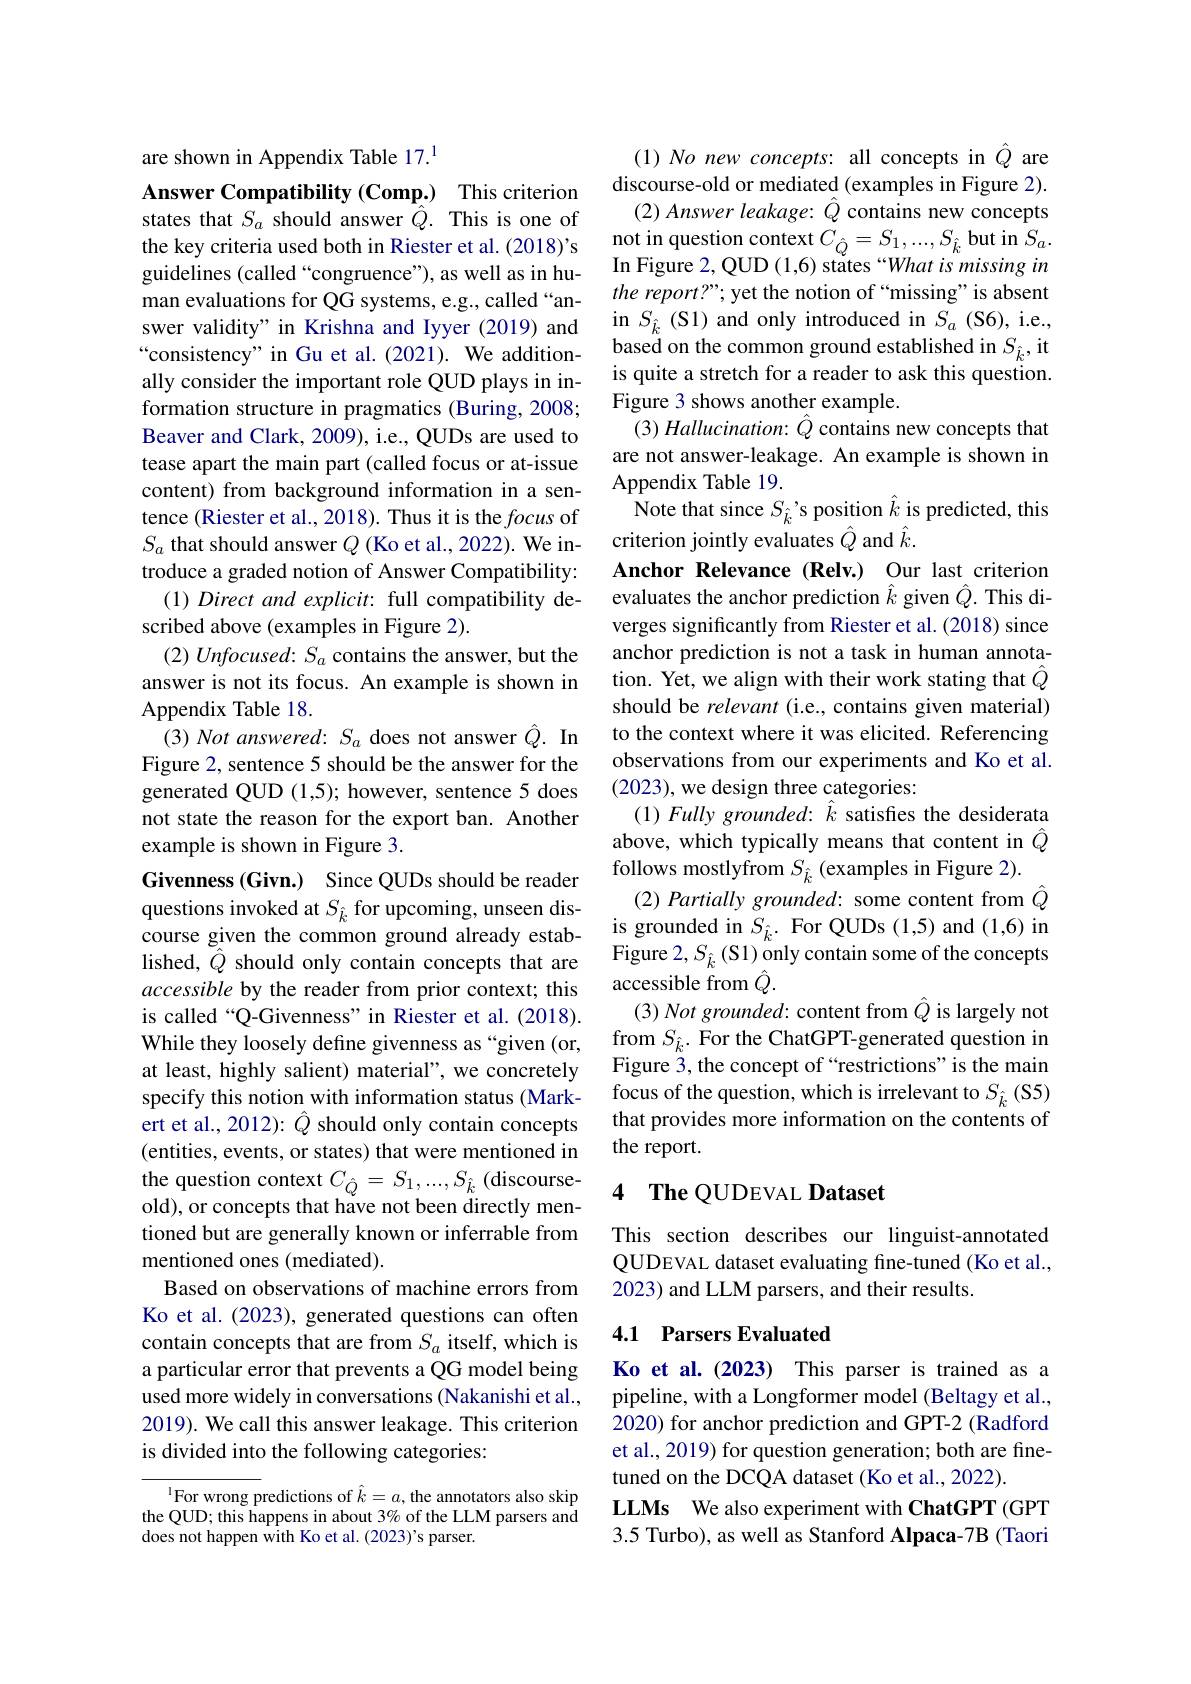
are shown in Appendix Table 17.$^{1}$
$\mathbf{Answer~Compatibility~(Comp.)~This~criterion}$ states that $S_a$ should answer $\hat{Q}.$ This is one of the key criteria used both in Riester et al. (2018)'s guidelines (called“congruence”), as well as in human evaluations for QG systems, e.g., called “answer validity" in Krishna and Iyyer (2019) and “consistency” in Gu et al.(2021). We additionally consider the important role QUD plays in information structure in pragmatics (Buring, 2008; Beaver and Clark, 2009), i.e., QUDs are used to tease apart the main part (called focus or at-issue content) from background information in a sentence (Riester et al., 2018). Thus it is the focus of $S_a$ that should answer $Q$ (Ko et al., 2022). We introduce a graded notion of Answer Compatibility: $( 1) \textit{Direct and explicit: full compatibility de- }$ scribed above (examples in Figure 2).
$(2)\textit{Unfocused: S}_a$ contains the answer, but the answer is not its focus. An example is shown in Appendix Table 18.
$(3)\textit{Not answered: S}_{a}$ does not answer $\hat{Q}.$ In Figure 2, sentence 5 should be the answer for the generated QUD (1,5); however, sentence 5 does not state the reason for the export ban. Another example is shown in Figure 3.
Givenness (Givn.) Since QUDs should be reader questions invoked at $S_{\hat{k}}$ for upcoming, unseen discourse given the common ground already established, $\tilde{Q}$ should only contain concepts that are accessible by the reader from prior context; this is called “Q-Givenness" in Riester et al. (2018). While they loosely define givenness as “given (or, at least, highly salient) material", we concretely (entities, events, or states) that were mentioned in the question context $C_{\hat{Q}}=S_{1},...,S_{\hat{k}}$ (discourseold), or concepts that have not been directly mentioned but are generally known or inferrable from mentioned ones (mediated).
Based on observations of machine errors from Ko et al.(2023), generated questions can often contain concepts that are from $S_a$ itself, which is a particular error that prevents a QG model being used more widely in conversations (Nakanishi et al., 2019). We call this answer leakage. This criterion is divided into the following categories:

$^{\text{l}}$For wrong predictions of $\hat k=a$,the annotators also skip the QUD; this happens in about 3% of the LLM parsers and does not happen with Ko et al. (2023)'s parser.

(1)No new concepts: all concepts in $\hat{Q}$ are discourse-old or mediated (examples in Figure 2).
(2) Answer leakage: $\hat{Q}$ contains new concepts $\begin{array}{c}{\text{not in question context }C_{\hat{Q}}=S_{1},\ldots,S_{\hat{k}}}\end{array}$but in$S_a.$ In Figure 2, QUD (1,6) states “What is missing in the report?”; yet the notion of “missing" is absent in $S_{\hat{k}}($S1)and only introduced in $S_a$ (S6),i.e., based on the common ground established in $S_{\hat{k}}$,it is quite a stretch for a reader to ask this question. Figure 3 shows another example.
$( 3) \textit{Hallucination: }\hat{Q}$ contains new concepts that are not answer-leakage. An example is shown in Appendix Table 19.
Note that since $S_{\hat{k}}’$s position $\hat{k}$ is predicted, this
criterion jointly evaluates $\hat{Q}$ and $\hat{k}.$
Anchor Relevance (Relv.) Our last criterion evaluates the anchor prediction $\hat{k}$ given $\hat{Q}.$ This diverges significantly from Riester et al. (2018) since anchor prediction is not a task in human annotation. Yet, we align with their work stating that $\hat{Q}$ should be relevant (i.e., contains given material) to the context where it was elicited. Referencing observations from our experiments and Ko et al. (2023), we design three categories:
$( 1) \textit{Fully grounded: }\hat{k}$ satisfies the desiderata above, which typically means that content in $\hat{Q}$ follows mostlyfrom $S_{\hat{k}}$ (examples in Figure 2).
(2) Partially grounded: some content from $\hat{Q}$ is grounded in $S_{\hat{k}}.$ For QUDs (1,5) and (1,6) in Figure $2,S_{\hat{k}}\left(\mathrm{S1}\right)$only contain some of the concepts accessible from $\hat{Q}.$
(3) Not grounded: content from $\hat{Q}$ is largely not from $S_{\hat{k}}.$ For the ChatGPT-generated question in Figure 3, the concept of “restrictions”is the main
specify this notion with information status (Mark- focus of the question, which is irrelevant to $S_{\hat{k}}($S5)ert et al. 2012): $\hat Q$ should only contain concepts that provides more information on the contents of
the report.

## 4 The QUDEVAL Dataset

This section describes our linguist-annotated QUDEVAL dataset evaluating fine-tuned (Ko et al., 2023) and LLM parsers, and their results.

## 4.1 Parsers Evaluated

Ko et al. (2023) This parser is trained as a pipeline, with a Longformer model (Beltagy et al., 2020) for anchor prediction and GPT-2 (Radford et al., 2019) for question generation; both are finetuned on the DCQA dataset (Ko et al., 2022).
LLMs We also experiment with ChatGPT (GPT 3.5 Turbo), as well as Stanford Alpaca-7B (Taori